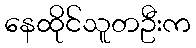
နေထိုင်သူတဦးက